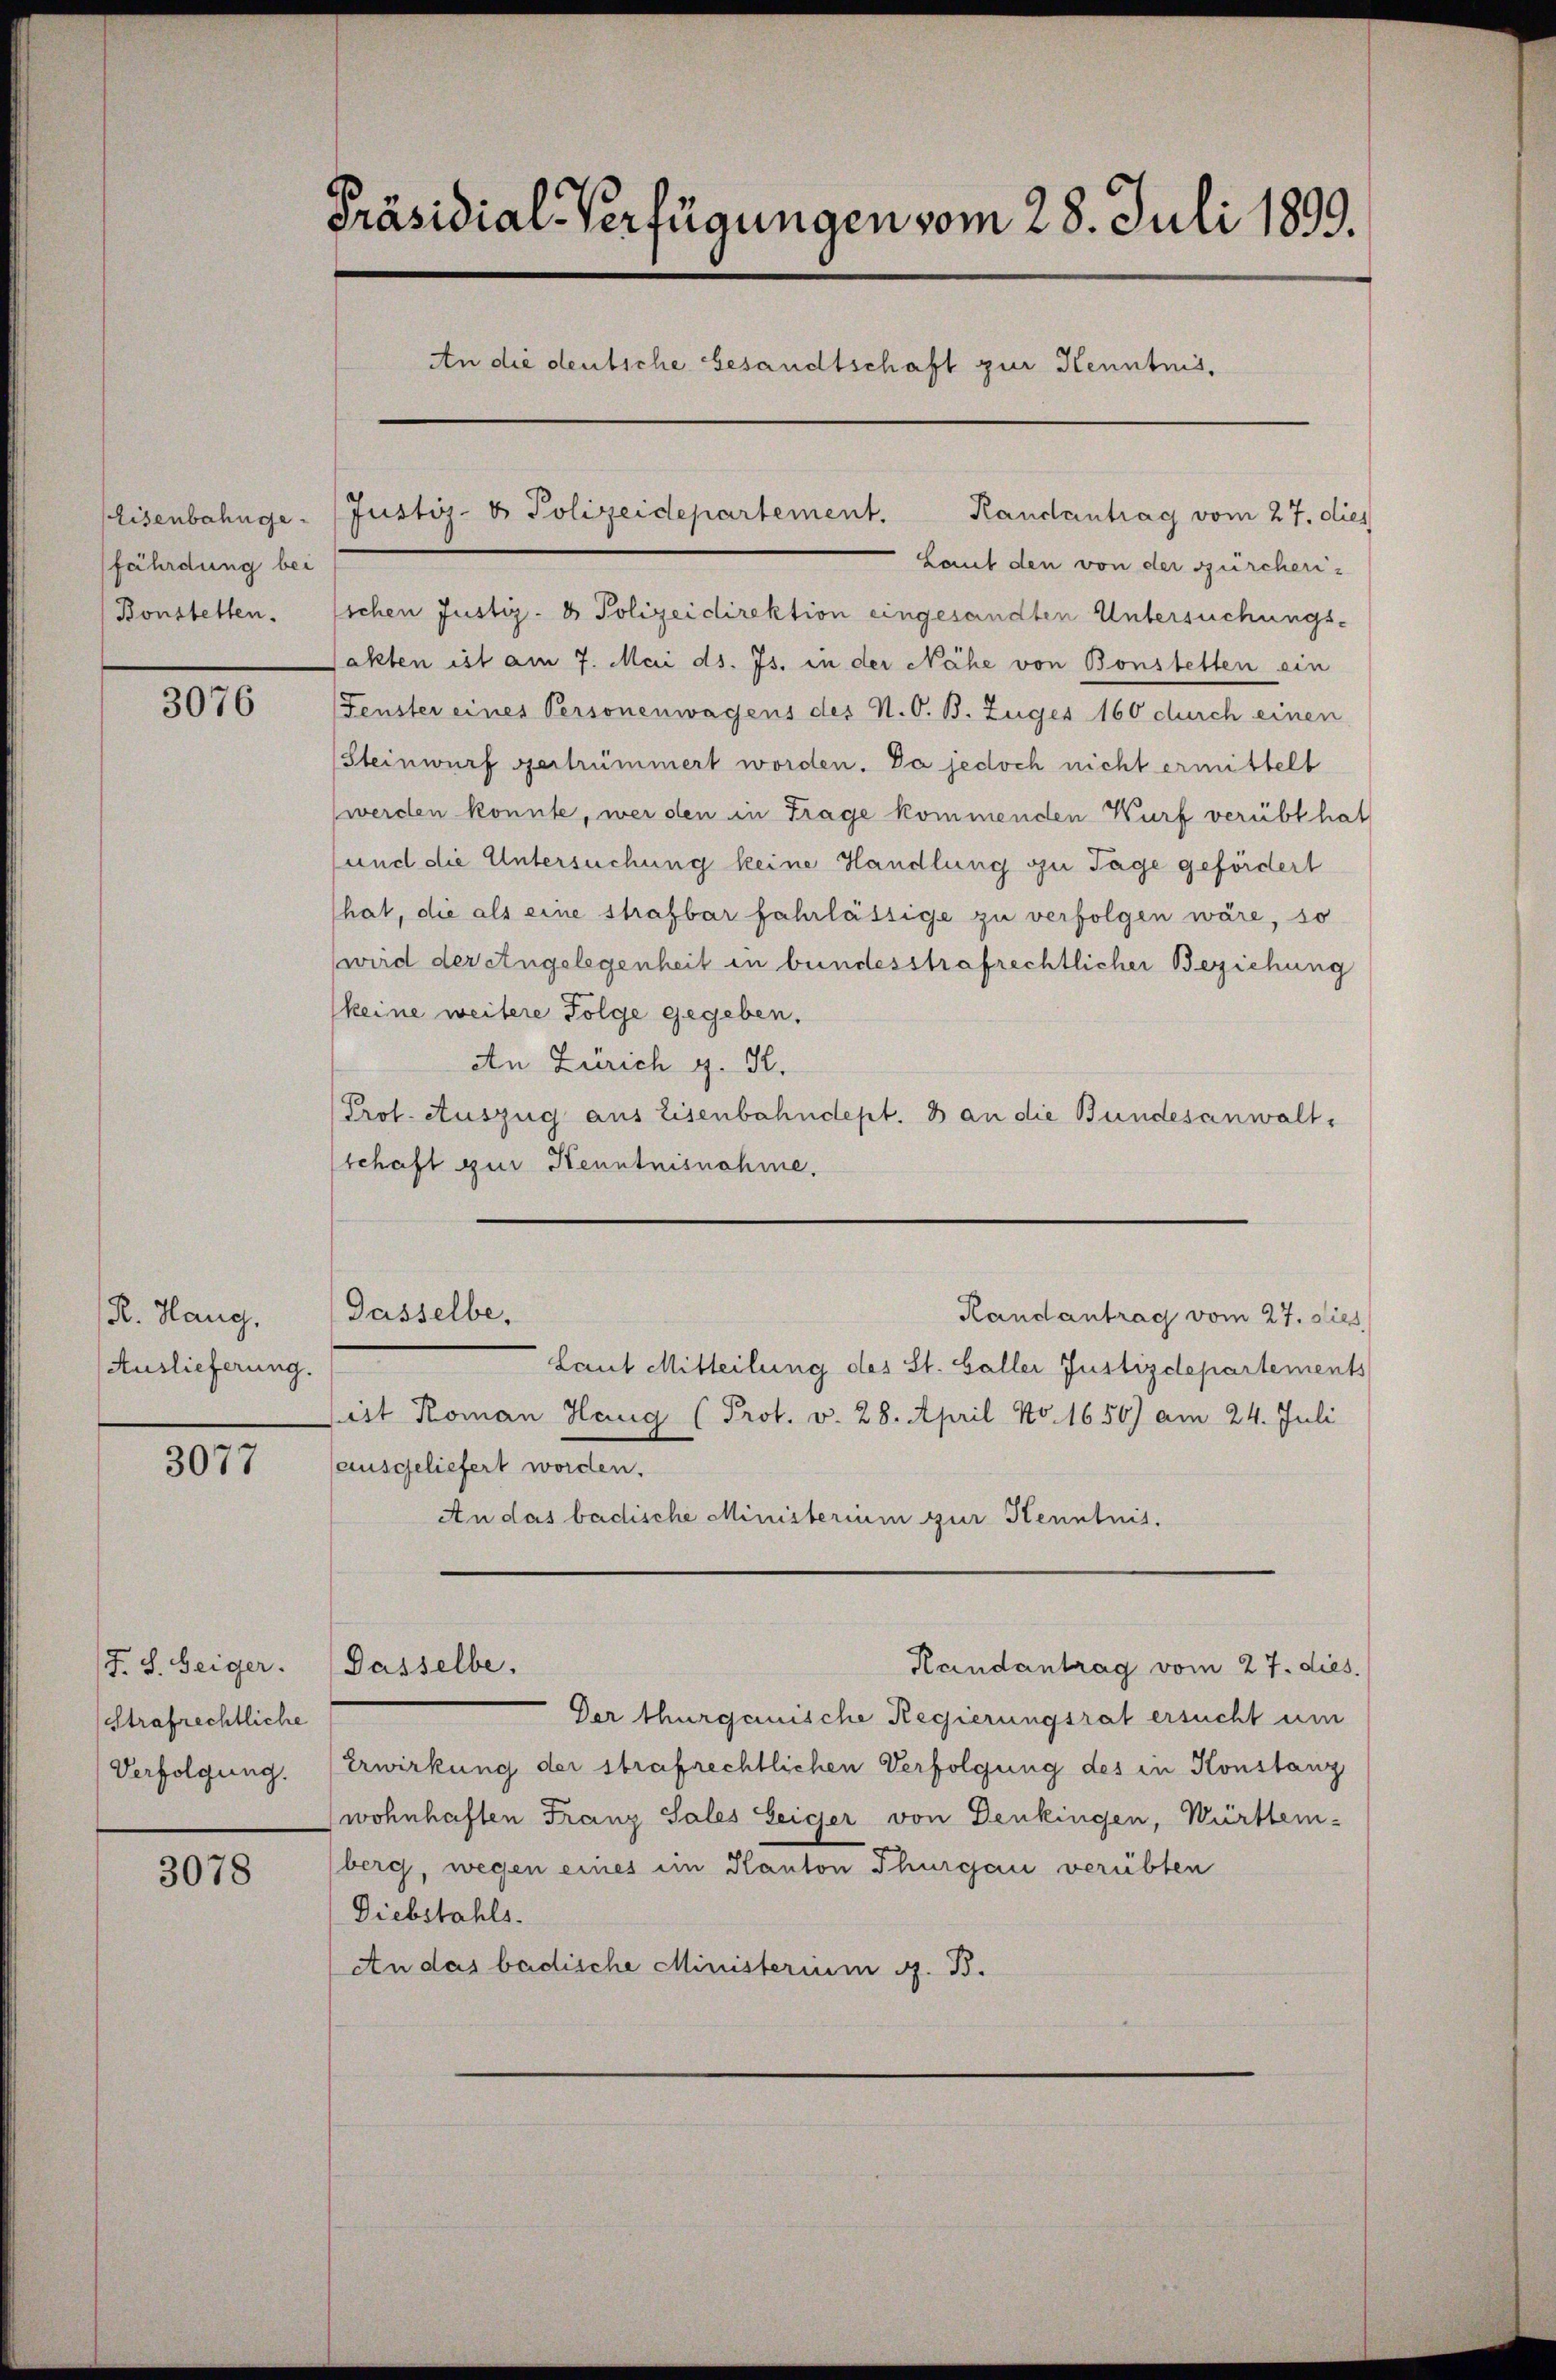
Eisenbahngefährdung bei
Bonstetten.

3076

R. Hang,
Auslieferung.

3077

F. S. Beiger.
Strafrechtliche
Verfolgung.

3078

Präsidial-Verfügungen vom 28. Juli 1899.
An die deutsche besandtschaft zur Kenntnis,

Laut den von der zürcherisschen Justiz- & Polizeidirektion eingesandten Untersuchungs-
sakten ist am 7. Mai d. Js. in der Nähe von Bonstetten ein
Fenster eines Personenwagens des N. O. B. Zuges 160 durch einen
Steinwurf vertrümmert worden. Da jedoch nicht ermittelt
werden konnte, wer den in Frage kommenden Wurf verübt hat
und die Untersuchung keine Handlung zu Tage gefördert
hat, die als eine strafbar fahrlässige zu verfolgen wäre, so
(wird der Angelegenheit in bundesstrafrechtlicher Beziehung
keine weitere Folge gegeben.
An Zürich g. K.
Prof. Auszug aus Eisenbahndept. 8 an die Bundesanwalt,
schaft zur Kenntnisnahme.

Gasselbe,

Dasselbe.

Justiz- & Polizeidepartement. Randantrag vom 27. dies

Randantrag vom 27. dies

Laut Mitteilung des St. Galler Justizdepartements
sirt Roman Haug (Prot. v. 28. April No. 1656) am 24. Juli
ausgeliefert worden.
An das badische Ministerium zur Kenntnis.
Handantrag vom 27. dies
Der thurganische Regierungsrat ersucht um
Erwirkung der strafrechtlichen Verfolgung des in Konstanz
wohnhaften Franz Sales beiger von Denkingen, Württem-
berg, wegen eines ein Kanton Thurgau verübten
Diebstahls.
An das badische Ministerium d. B.